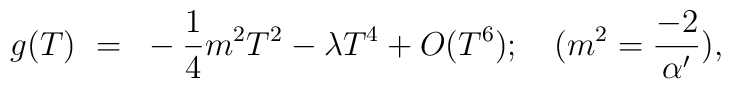
g(T)~=~ -{1\over4}{m^2}T^2-{\lambda}T^4+O(T^6);\quad   ({m^2= {-2\over{\alpha'}})},